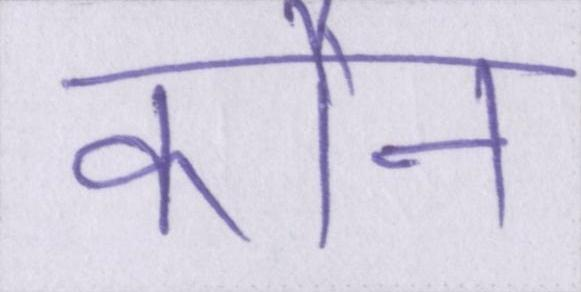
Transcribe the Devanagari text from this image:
कौन